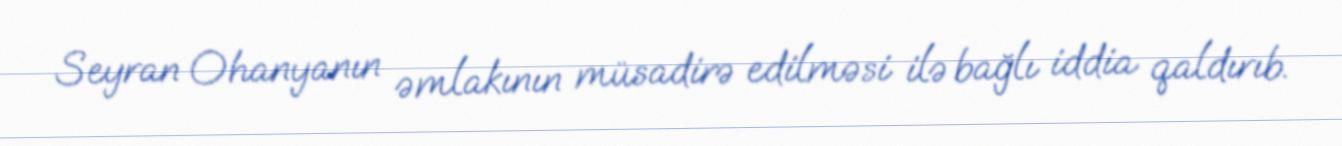
Seyran Ohanyanın əmlakının müsadirə edilməsi ilə bağlı iddia qaldırıb.